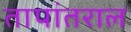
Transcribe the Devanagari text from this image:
तापांतराल